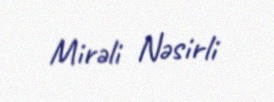
Mirəli Nəsirli